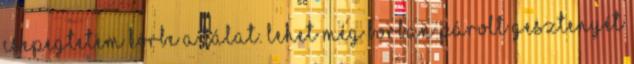
csepegtetem körbe a tálat. Lehet még borban párolt gesztenyét